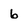
Character: 6